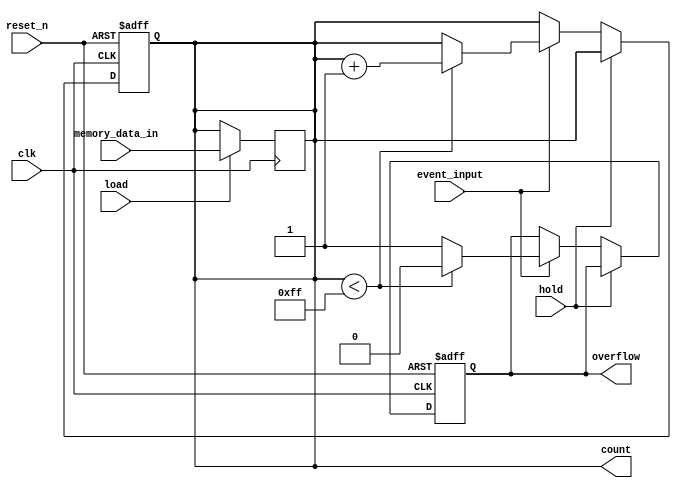
module MemoryBlocksDigitalEventCounter #(
    parameter COUNTER_WIDTH = 8, // Define the width of the counter
    parameter MEMORY_WIDTH = 8    // Define the width of the memory block
)(
    input wire clk,               // Clock signal
    input wire event_input,       // Event input signal (e.g., trigger)
    input wire reset_n,           // Asynchronous active-low reset signal
    input wire hold,              // Hold signal to pause counting
    input wire load,              // Load signal to load a value from memory
    input wire [MEMORY_WIDTH-1:0] memory_data_in, // Data to load into counter
    output reg [COUNTER_WIDTH-1:0] count, // Current count output
    output reg overflow           // Overflow flag
);

    // Internal memory to store the current count
    reg [COUNTER_WIDTH-1:0] memory_block;

    // Asynchronous reset and counter logic
    always @(posedge clk or negedge reset_n) begin
        if (!reset_n) begin
            count <= 0;         // Reset counter to zero
            overflow <= 0;      // Clear overflow flag
            memory_block <= 0;  // Clear memory block
        end else if (!hold) begin
            if (event_input) begin
                if (count < (2**COUNTER_WIDTH - 1)) begin
                    count <= count + 1; // Increment counter
                    overflow <= 0;       // Clear overflow flag
                end else begin
                    overflow <= 1;       // Set overflow flag
                end
            end
        end
    end

    // Load value from memory block when load signal is asserted
    always @(posedge clk) begin
        if (load) begin
            count <= memory_data_in; // Load the specified value
        end
    end

    // Output the current count value
    always @(posedge clk) begin
        memory_block <= count; // Store the current count in memory block
    end

endmodule